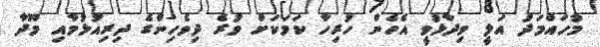
މުހައްމަދު އަލީ ވިދާޅުވީ އެހެން ހުރިހާ ކަމަކަށް ވުރެ ދިވެހިންގެ ދިރިއުޅުމާއި މޫދާ